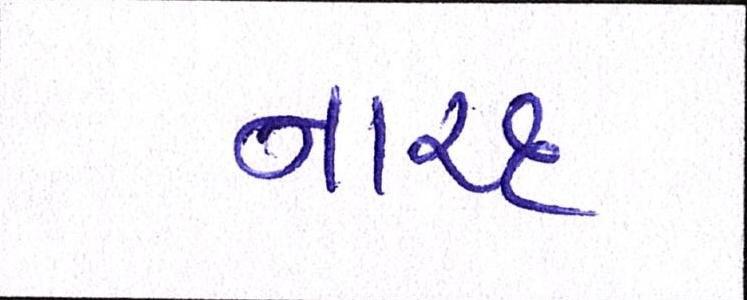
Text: નારદ